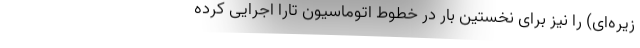
زیره‌ای) را نیز برای نخستین بار در خطوط اتوماسیون تارا اجرایی کرده